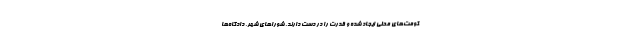
کومت‌های محلی ایجاد شده و قدرت را در دست دارند. شوراهای شهر، دادگاه‌ها